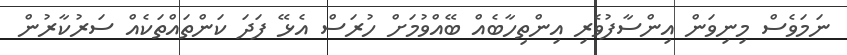
ނަމަވެސް މިނިވަން އިންސާފުވެރި އިންތިހާބެއް ބޭއްވުމަށް ހުރަސް އެޅޭ ފަދަ ކަންތައްތަކެއް ސަރުކާރުން